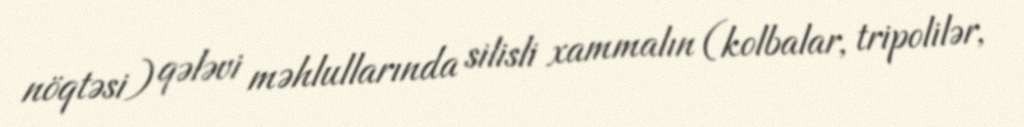
nöqtəsi) qələvi məhlullarında silisli xammalın (kolbalar, tripolilər,